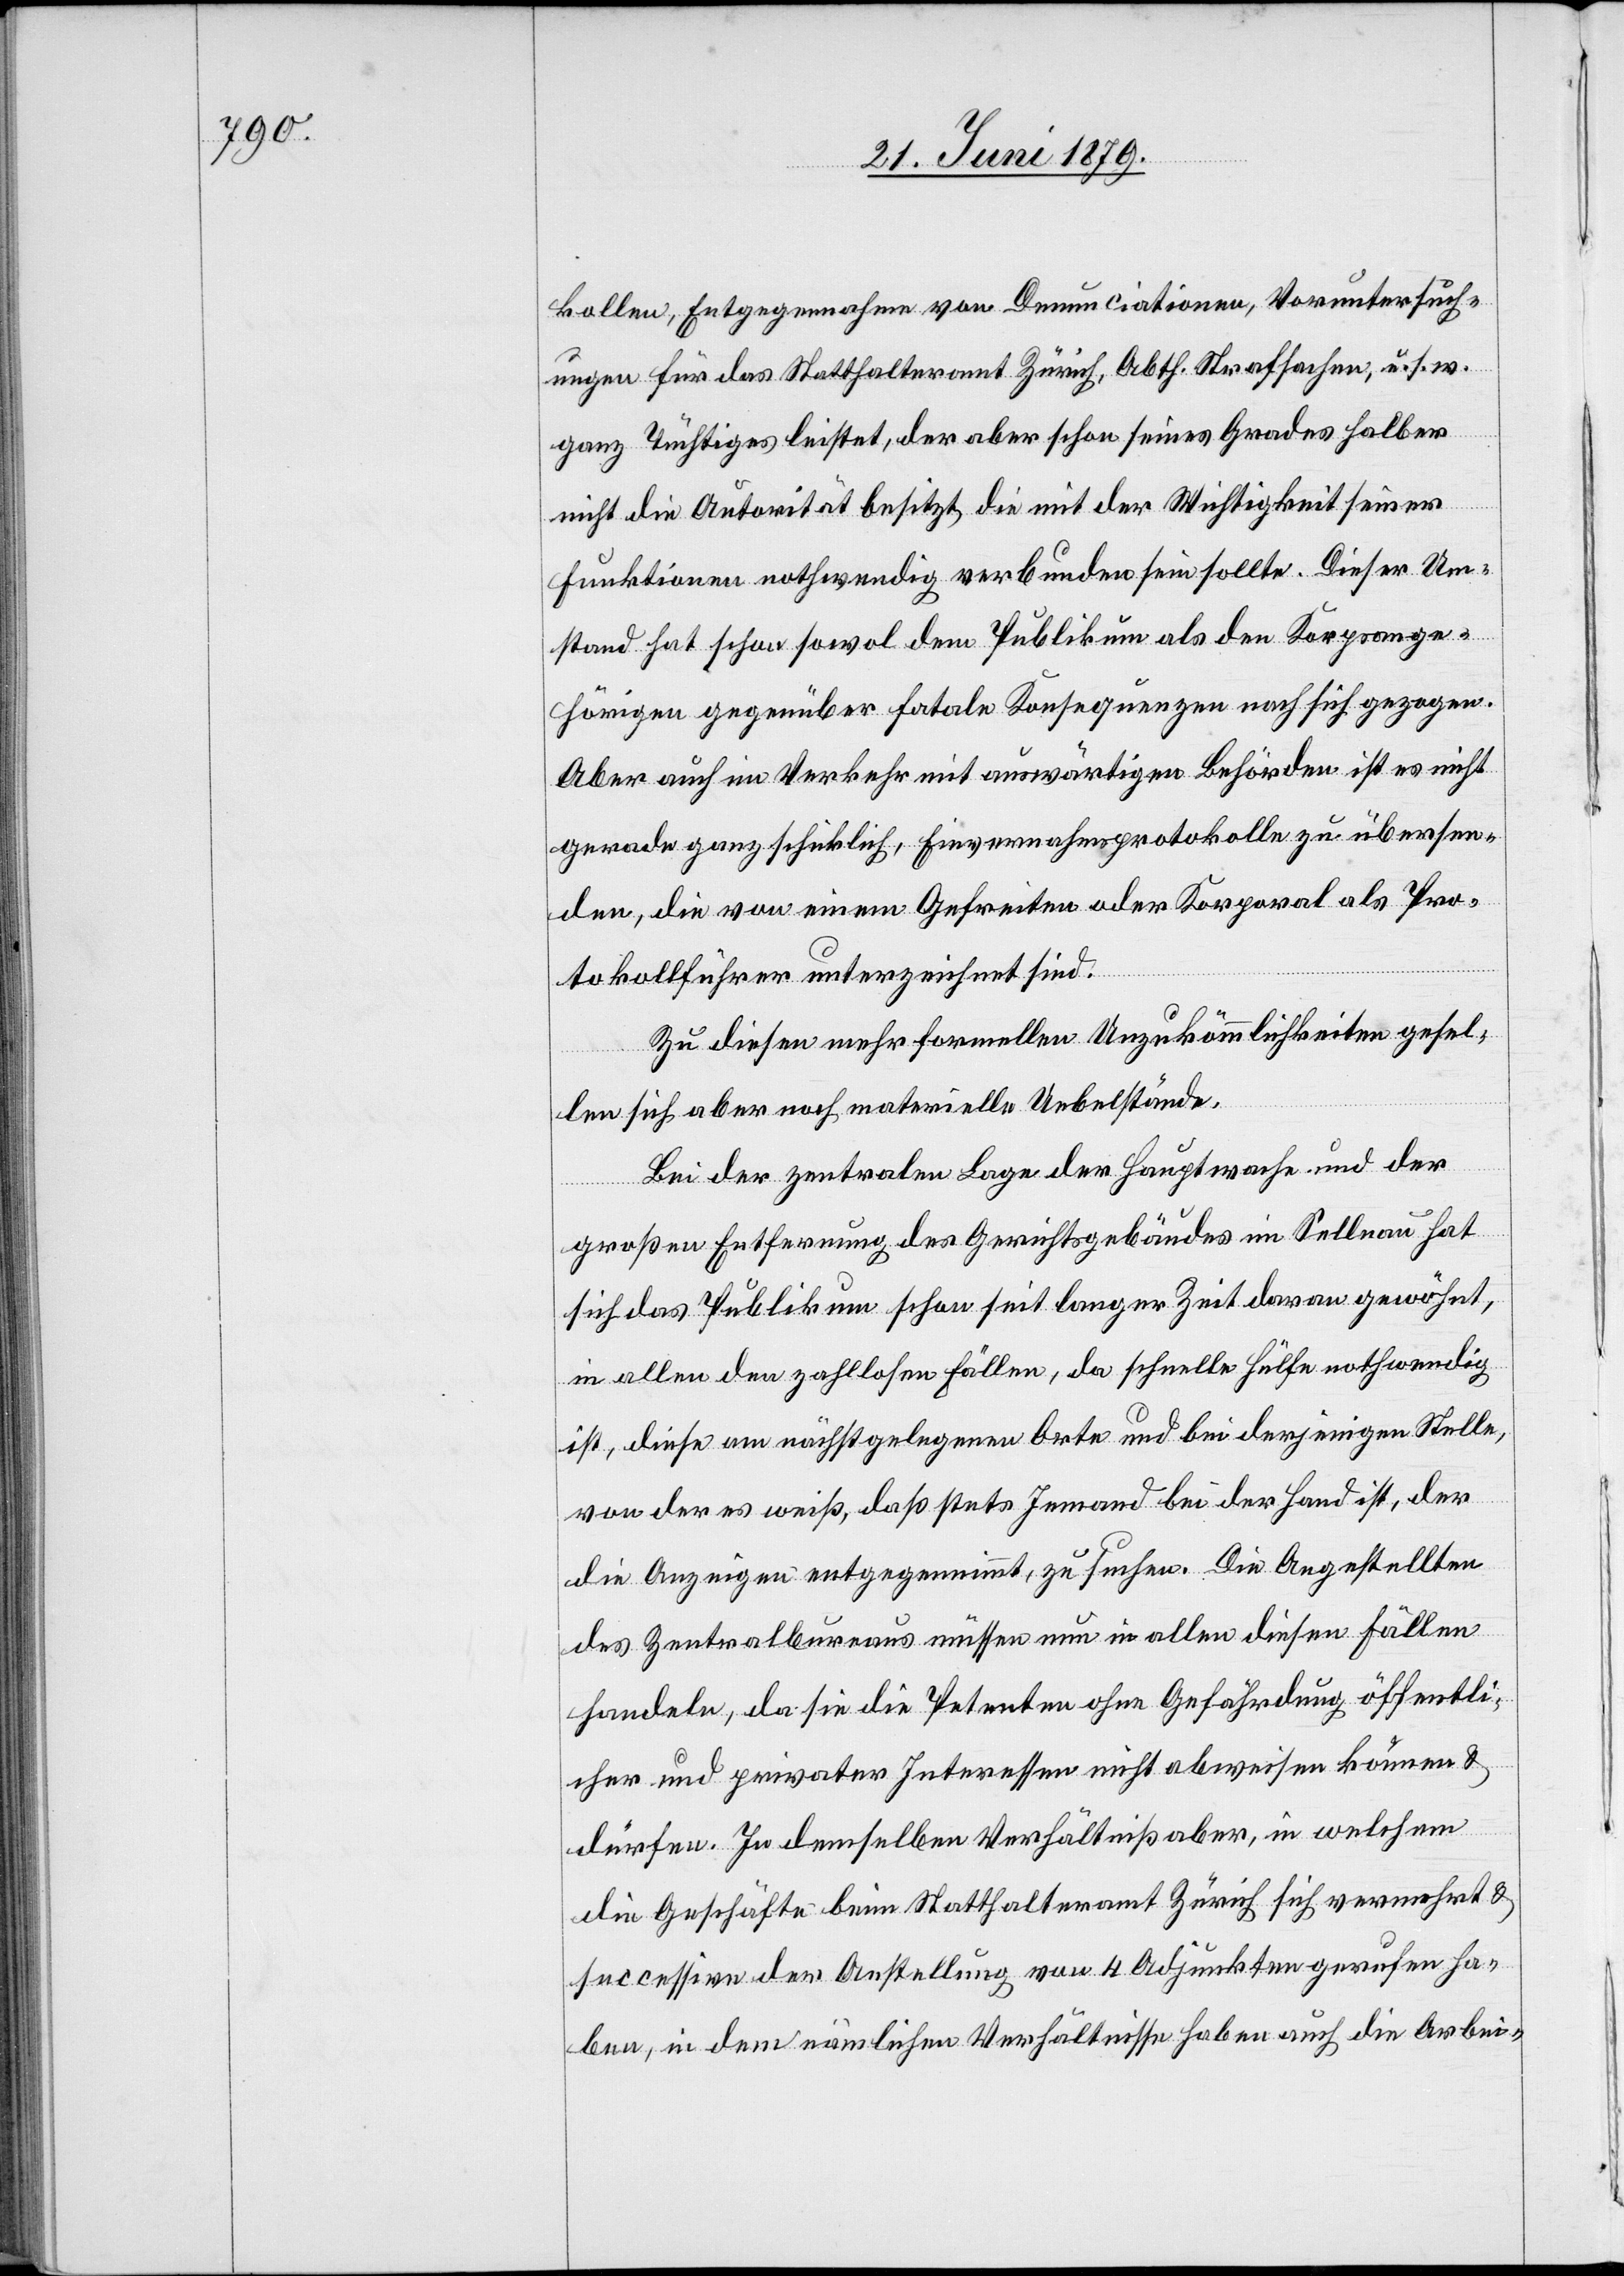
kollen, Entgegennahme von Denunciationen, Voruntersuch¬
ungen für das Statthalteramt Zürich, Abth. Strafsachen, u. s. w.
ganz Tüchtiges leistet, der aber schon seines Grades halber
nicht die Autorität besitzt, die mit der Wichtigkeit seiner
Funktionen nothwendig verbunden sein sollte. Dieser Um¬
stand hat schon sowol dem Publikum als den Korpsange¬
hörigen gegenüber fatale Konsequenzen nach sich gezogen.
Aber auch im Verkehr mit auswärtigen Behörden ist es nicht
gerade ganz schicklich, Einvernahmsprotokolle zu übersen¬
den, die von einem Gefreiten oder Korporal als Pro¬
tokollführer unterzeichnet sind.
Zu diesen mehr formellen Unzukömmlichkeiten gesel¬
len sich aber noch materielle Uebelstände.
Bei der zentralen Lage der Hauptwache und der
großen Entfernung des Gerichtsgebäudes im Sellnau hat
sich das Publikum schon seit langer Zeit daran gewöhnt,
in allen den zahllosen Fällen, da schnelle Hülfe nothwendig
ist, diese am nächstgelegenen Orte und bei derjenigen Stelle,
von der es weiß, daß stets Jemand bei der Hand ist, der
die Anzeigen entgegennimmt, zu suchen. Die Angestellten
des Zentralbureaus müssen nun in allen diesen Fällen
handeln, da sie die Petenten ohne Gefährdung öffentli¬
cher und privater Interessen nicht abweisen können &
dürfen. In demselben Verhältniß aber, in welchem
die Geschäfte beim Statthalteramt Zürich sich vermehrt &
successive der Anstellung von 4 Adjunkten gerufen ha¬
ben, in dem nämlichen Verhältnisse haben auch die Arbei-